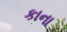
કાના